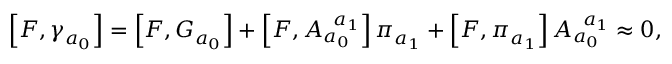
\left[ F , \gamma _ { a _ { 0 } } \right] = \left[ F , G _ { a _ { 0 } } \right] + \left[ F , A _ { a _ { 0 } } ^ { \; \; a _ { 1 } } \right] \pi _ { a _ { 1 } } + \left[ F , \pi _ { a _ { 1 } } \right] A _ { a _ { 0 } } ^ { \; \; a _ { 1 } } \approx 0 ,